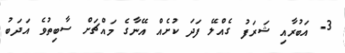
3- އަބުރާއި ޝަރަފު ގެއްލޭ ފަދަ ކުށެއް އޭނާގެ މައްޗަށް ސާބިތުވެ އަދަބު